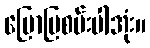
ပြောပြစမ်းပါအုံး။